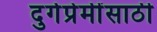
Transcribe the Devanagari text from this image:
दुर्गप्रेमींसाठी